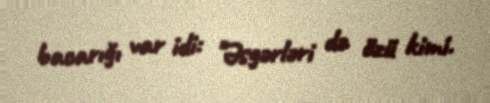
bacarığı var idi: "Əsgərləri də özü kimi.